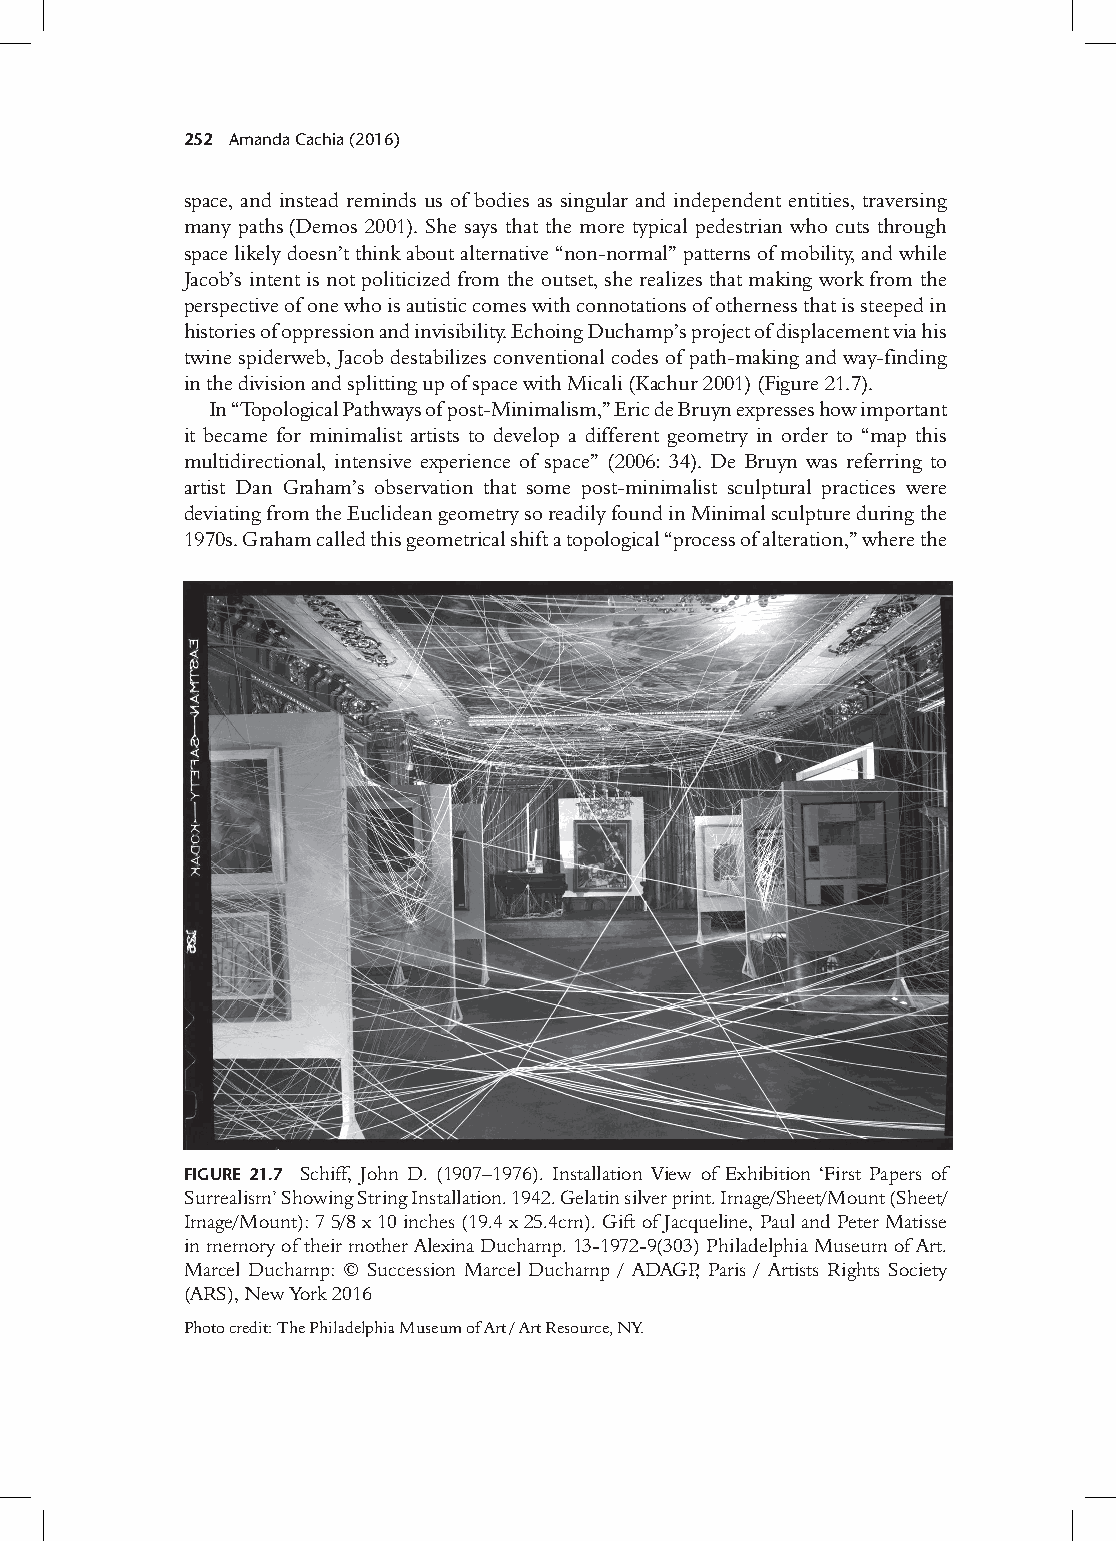
252 Amanda Cachia (2016)
 space, and instead reminds us of bodies as singular and independent entities, traversing
 many paths (Demos 2001). She says that the more typical pedestrian who cuts through
 space likely doesn’t think about alternative “non-normal” patterns of mobility, and while
 Jacob’s intent is not politicized from the outset, she realizes that making work from the
 perspective of one who is autistic comes with connotations of otherness that is steeped in
 histories of oppression and invisibility. Echoing Duchamp’s project of displacement via his
 twine spiderweb, Jacob destabilizes conventional codes of path-making and way-finding
 in the division and splitting up of space with Micali (kachur 2001) (Figure 21.7).
 In “Topological Pathways of post-Minimalism,” Eric de Bruyn expresses how important
 it became for minimalist artists to develop a different geometry in order to “map this
 multidirectional, intensive experience of space” (2006: 34). De Bruyn was referring to
 artist Dan graham’s observation that some post-minimalist sculptural practices were
 deviating from the Euclidean geometry so readily found in Minimal sculpture during the
 1970s. graham called this geometrical shift a topological “process of alteration,” where the
 Figure 21.7 Schiff, John D. (1907–1976). Installation view of Exhibition ‘First Papers of
 Surrealism’ Showing String Installation. 1942. gelatin silver print. Image/Sheet/Mount (Sheet/
 Image/Mount): 7 5/8 x 10 inches (19.4 x 25.4cm). gift of Jacqueline, Paul and Peter Matisse
 in memory of their mother Alexina Duchamp. 13-1972-9(303) Philadelphia Museum of Art.
 Marcel Duchamp: © Succession Marcel Duchamp / ADAgP, Paris / Artists Rights Society
 (ARS), New York 2016
 Photo credit: The Philadelphia Museum of Art / Art Resource, NY.